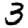
Digit: 3